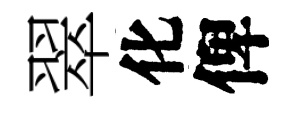
翠化俾